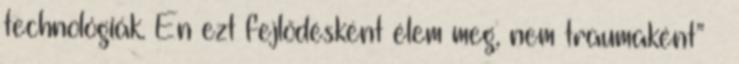
technológiák. Én ezt fejlődésként élem meg, nem traumaként” –